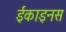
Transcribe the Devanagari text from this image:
ईकाइनस